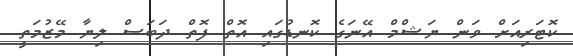
ކޮޓަރިއަށް ވަން ޔަޝްމް އޭނަގެ ކޮނޑުގައި އޮތް ފޮތް ދަބަސް ލިޔާ މޭޒުމަތީ